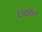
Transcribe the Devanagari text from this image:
८५७७०